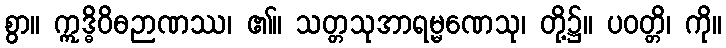
စွာ။ ဣဒ္ဓိဝိဓဉာဏဿ၊ ၏။ သတ္တသုအာရမ္မဏေသု၊ တို့၌။ ပဝတ္တိ၊ ကို။